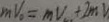
m V _ { 0 } = m V + 2 m V